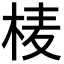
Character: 𭪄